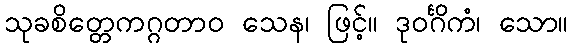
သုခစိတ္တေကဂ္ဂတာဝ သေန၊ ဖြင့်။ ဒုဝင်္ဂိကံ၊ သော။